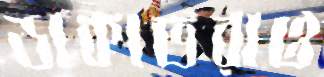
ডাকাতরাও